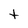
Character: t